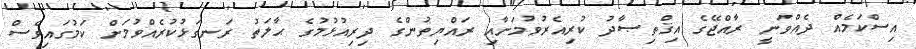
އިސްކަމެއް ދެއްވަނީ ރާއްޖޭގެ އިޤްތިޞާދު ކުރިއެރުވުމަށާއި ރައްޔިތުންގެ ދިރިއުޅުމުގެ ޙާލަތު ރަނގަޅުކުރެއްވުމަށް ކަމުގައިވެސް